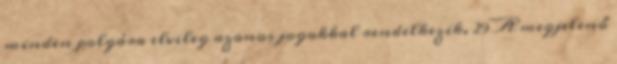
minden polgára elvileg azonos jogokkal rendelkezik. 29 A megjelenő